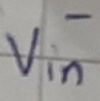
Text: -Vin